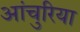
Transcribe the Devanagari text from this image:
आंचुरिया